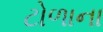
ટોળાના